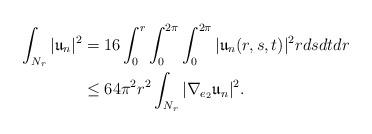
LaTeX: \begin{align*}\int_{N_r}|\mathfrak{u}_n|^2&= 16\int_0^r\int_0^{2\pi}\int_0^{2\pi}|\mathfrak{u}_n(r,s,t)|^2rdsdtdr\\&\leq 64\pi^2 r^2\int_{N_r}|\nabla_{e_2}\mathfrak{u}_n|^2.\end{align*}